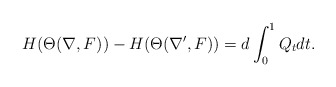
\begin{align*} H(\Theta(\nabla,F))-H(\Theta(\nabla',F))=d\int^1_0Q_tdt.\end{align*}